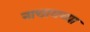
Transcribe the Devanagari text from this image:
नाचायच्या